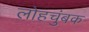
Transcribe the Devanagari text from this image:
लोहचुंबक